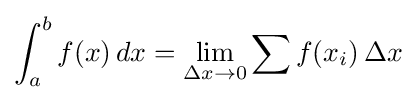
\int _{a}^{b}f(x)\,dx=\lim _{\Delta x\to 0}\sum f(x_{i})\,\Delta x